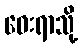
ဝေးရာသို့